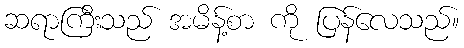
ဆရာကြီးသည် အမိန့်စာ ကို ပြန်လေသည်။